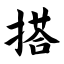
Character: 搭